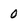
Character: 0